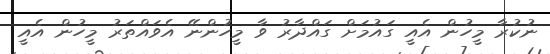
ނުކުރާ މީހުން އެއީ ގައުމަށް ގައްދާރު ވާ މީހުންނޭ އެވައްތަރު މީހުން އެއީ